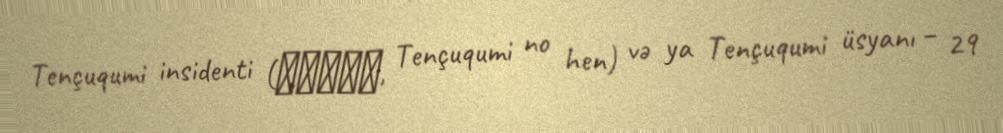
Tençuqumi insidenti (天誅組の変, Tençuqumi no hen) və ya Tençuqumi üsyanı – 29